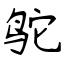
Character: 鸵